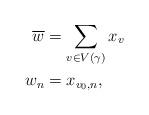
LaTeX: \begin{align*} \overline{w} &= \sum_{v \in V(\gamma)} x_v\\ w_n &= x_{v_0, n},\end{align*}